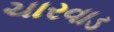
ચારવાડ